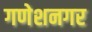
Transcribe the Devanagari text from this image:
गणेशनगर